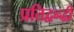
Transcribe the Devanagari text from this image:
प्रतिद्वन्द्धी